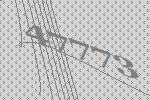
47773